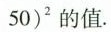
5 0 ) ^ { 2 }$$的值.